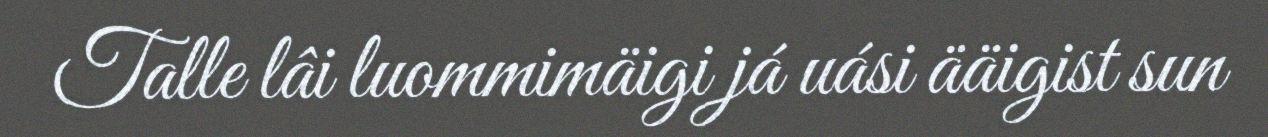
Talle lâi luommimäigi já uási ääigist sun